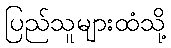
ပြည်သူများထံသို့